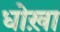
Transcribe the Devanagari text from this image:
धोख़ा